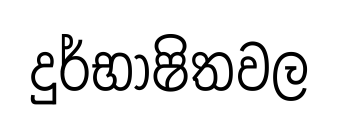
දුර්භාෂිතවල